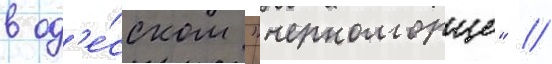
в од'е́сском "черноморце" //